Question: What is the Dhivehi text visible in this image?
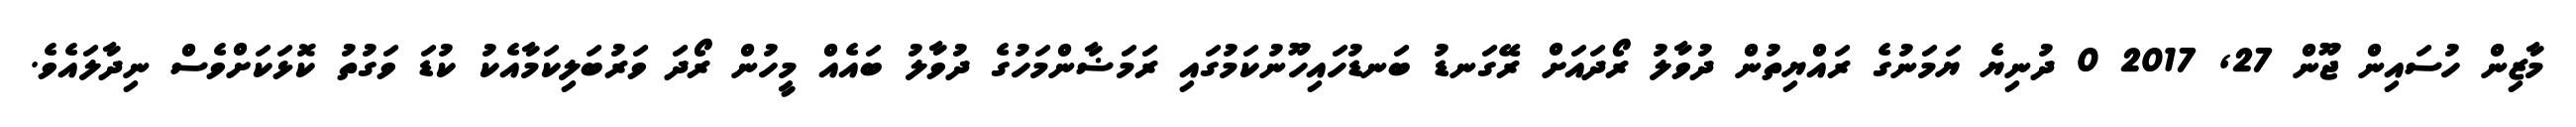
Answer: މާޒިން ހުސައިން ޖޫން 27, 2017 0 ދުނިޔެ ޔަމަނުގެ ރައްޔިތުން ދުވާލު ރޯދައަށް ރޭގަނޑު ބަނޑުހައިހޫނުކަމުގައި ރަމަޟާންމަހުގެ ދުވާލު ބައެއް މީހުން ރޯދަ ވަރުބަލިކަމާއެކު ކުޑަ ވަގުތު ކޮޅަކަށްވެސް ނިދާލައެވެ.